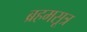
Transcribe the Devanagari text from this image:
ब्रहमसूत्र